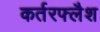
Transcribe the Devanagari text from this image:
कर्तरफ्लैश